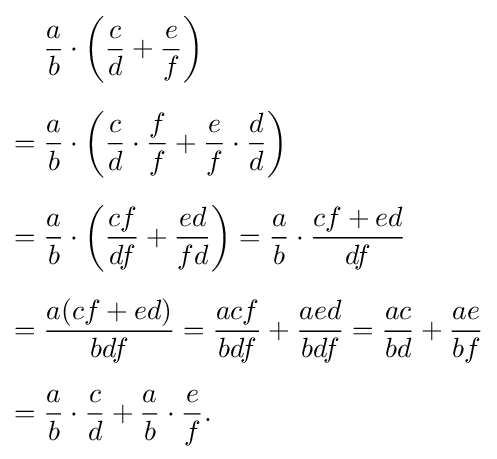
{\begin{aligned}&{\frac {a}{b}}\cdot \left({\frac {c}{d}}+{\frac {e}{f}}\right)\\[6pt]={}&{\frac {a}{b}}\cdot \left({\frac {c}{d}}\cdot {\frac {f}{f}}+{\frac {e}{f}}\cdot {\frac {d}{d}}\right)\\[6pt]={}&{\frac {a}{b}}\cdot \left({\frac {cf}{df}}+{\frac {ed}{fd}}\right)={\frac {a}{b}}\cdot {\frac {cf+ed}{df}}\\[6pt]={}&{\frac {a(cf+ed)}{bdf}}={\frac {acf}{bdf}}+{\frac {aed}{bdf}}={\frac {ac}{bd}}+{\frac {ae}{bf}}\\[6pt]={}&{\frac {a}{b}}\cdot {\frac {c}{d}}+{\frac {a}{b}}\cdot {\frac {e}{f}}.\end{aligned}}